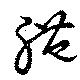
体